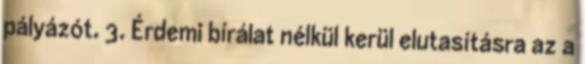
pályázót. 3. Érdemi bírálat nélkül kerül elutasításra az a